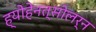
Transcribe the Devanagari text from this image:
ह्योहेनत्सोलर्न